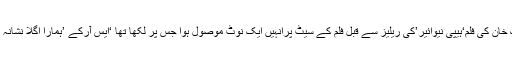
کنگ خان کی فلم‘ہیپی نیوائیر’کی ریلیز سے قبل فلم کے سیٹ پرانہیں ایک نوٹ موصول ہوا جس پر لکھا تھا ‘ایس آرکے ’ہمارا اگلا نشانہ ہے ۔